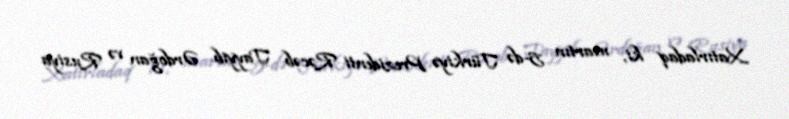
Xatırladaq ki, martın 5-də Türkiyə Prezidenti Rəcəb Tayyib Ərdoğan və Rusiya